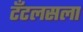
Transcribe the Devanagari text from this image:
टँटलसला